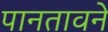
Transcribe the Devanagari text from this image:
पानतावने